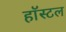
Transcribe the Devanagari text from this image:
हाॅस्टल